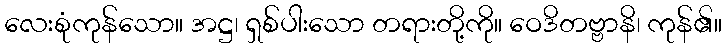
လေးစုံကုန်သော။ အဋ္ဌ၊ ရှစ်ပါးသော တရားတို့ကို။ ဝေဒိတဗ္ဗာနိ၊ ကုန်၏။